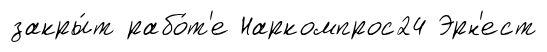
закры́т рабо́т'е Наркомпрос24 Эрн'ест